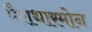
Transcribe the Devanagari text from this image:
पैराथारमोन